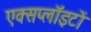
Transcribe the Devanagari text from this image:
एक्सप्लॉइटों